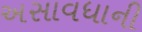
અસાવધાની